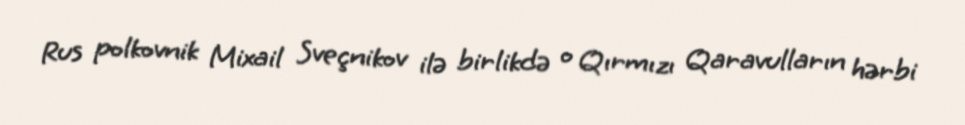
Rus polkovnik Mixail Sveçnikov ilə birlikdə o Qırmızı Qaravulların hərbi